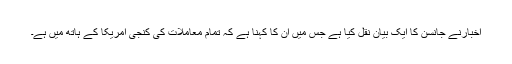
اخبارنے جانسن کا ایک بیان نقل کیا ہے جس میں ان کا کہنا ہے کہ تمام معاملات کی کنجی امریکا کے ہاتھ میں ہے۔